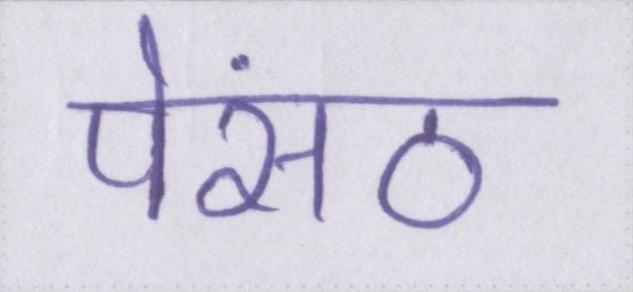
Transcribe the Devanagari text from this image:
पेंसठ